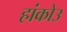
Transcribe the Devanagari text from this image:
हांकोउ